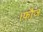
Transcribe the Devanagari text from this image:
।फौज